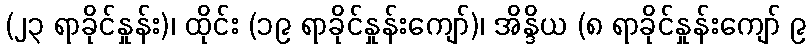
(၂၃ ရာခိုင်နှုန်း)၊ ထိုင်း (၁၉ ရာခိုင်နှုန်းကျော်)၊ အိန္ဒိယ (၈ ရာခိုင်နှုန်းကျော် ၉